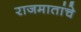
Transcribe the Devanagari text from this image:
राजमातांचे